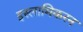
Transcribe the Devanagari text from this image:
इस्लामिकरन